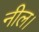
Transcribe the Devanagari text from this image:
नील।